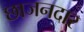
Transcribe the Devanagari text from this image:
छाजनदार